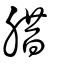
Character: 腊